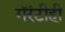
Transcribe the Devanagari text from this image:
गॅरंटीही